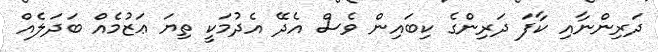
ދަރިންނާއި ކާފަ ދަރިންގެ ކިބައިން ވެސް އެދޭ އެދުމަކީ ތިޔަ ޢަޒުމެއް ބަދަލެއް